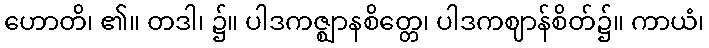
ဟောတိ၊ ၏။ တဒါ၊ ၌။ ပါဒကဇ္ဈာနစိတ္တေ၊ ပါဒကဈာန်စိတ်၌။ ကာယံ၊